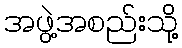
အဖွဲ့အစည်းသို့